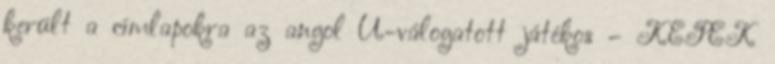
került a címlapokra az angol U-válogatott játékos – KÉPEK